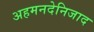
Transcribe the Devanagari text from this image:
अहमनदेनिजाद